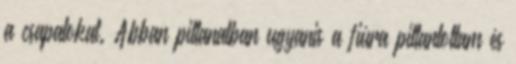
a csapatokat. Abban pillanatban ugyanis a fiúra pillantottam és